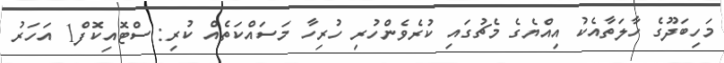
މަހިބަދޫގެ ހާލަތާއެކު އިއްޔެގެ މެޗުގައި ކުރެވެންހުރި ހުރިހާ މަސައްކަތެއް ކުރި: ސްޓޮއިކޮފް1 އަހަރު